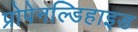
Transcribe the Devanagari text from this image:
प्रोपेनल्डिहाइड